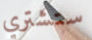
ستشتري